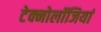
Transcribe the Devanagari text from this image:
टेक्नोलॉजियां